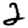
Digit: 2